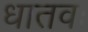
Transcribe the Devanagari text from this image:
धातवः